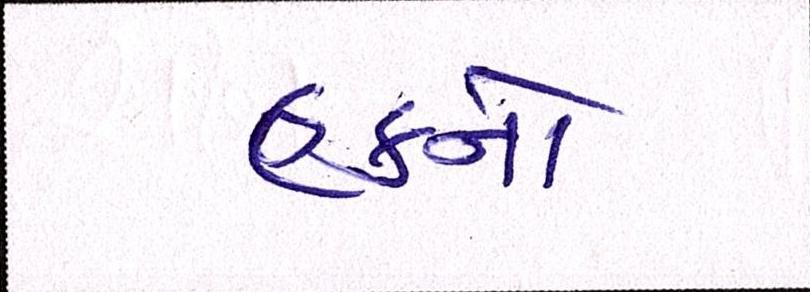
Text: હકનો